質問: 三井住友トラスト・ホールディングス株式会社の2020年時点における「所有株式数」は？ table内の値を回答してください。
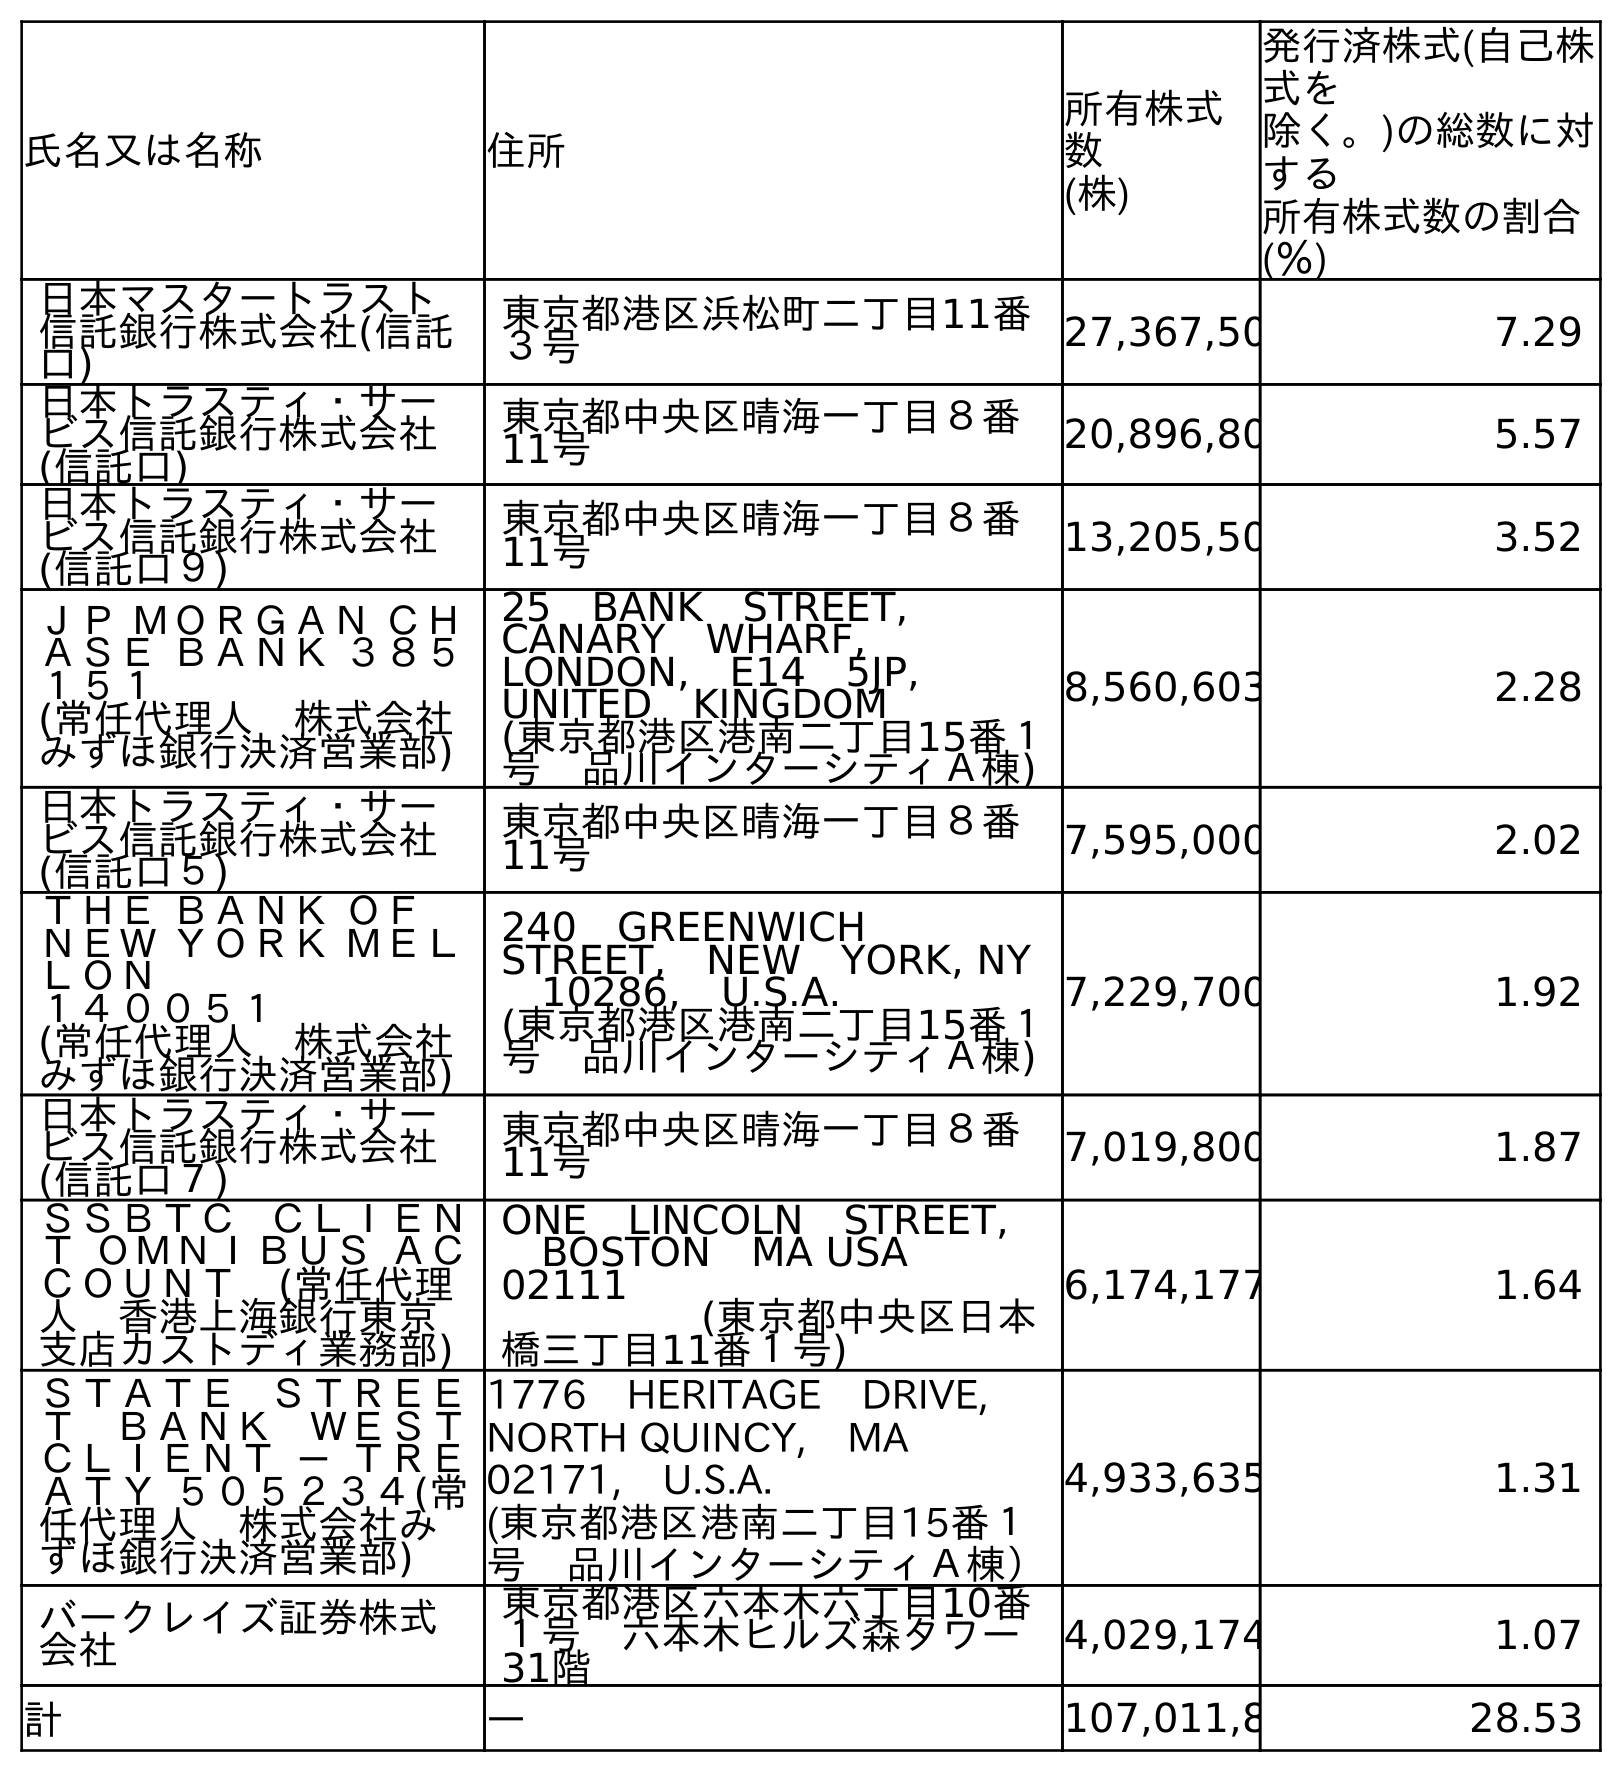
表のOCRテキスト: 氏名又は名称 住所 所有株式 数 (株) 発行済株式(自己株 式を 除く。)の総数に対 する 所有株式数の割合 (％) 日本マスタートラスト 信託銀行株式会社(信託 口) 東京都港区浜松町二丁目11番 ３号 27,367,50 7.29 日本トラスティ・サー ビス信託銀行株式会社 (信託口) 東京都中央区晴海一丁目８番 11号 20,896,80 5.57 日本トラスティ・サー ビス信託銀行株式会社 (信託口９) 東京都中央区晴海一丁目８番 11号 13,205,50 3.52 ＪＰ ＭＯＲＧＡＮ ＣＨ ＡＳＥ ＢＡＮＫ ３８５ １５１ (常任代理人 株式会社 みずほ銀行決済営業部) 25 BANK STREET,  CANARY WHARF, LONDON, E14 5JP,  UNITED KINGDOM (東京都港区港南二丁目15番１ 号 品川インターシティＡ棟) 8,560,603 2.28 日本トラスティ・サー ビス信託銀行株式会社 (信託口５) 東京都中央区晴海一丁目８番 11号 7,595,000 2.02 ＴＨＥ ＢＡＮＫ ＯＦ ＮＥＷ ＹＯＲＫ ＭＥＬ ＬＯＮ １４００５１ (常任代理人 株式会社 みずほ銀行決済営業部) 240 GREENWICH  STREET, NEW YORK, NY  10286, U.S.A. (東京都港区港南二丁目15番１ 号 品川インターシティＡ棟) 7,229,700 1.92 日本トラスティ・サー ビス信託銀行株式会社 (信託口７) 東京都中央区晴海一丁目８番 11号 7,019,800 1.87 ＳＳＢＴＣ ＣＬＩＥＮ Ｔ ＯＭＮＩＢＵＳ ＡＣ ＣＯＵＮＴ (常任代理 人 香港上海銀行東京 支店カストディ業務部) ONE LINCOLN STREET,  BOSTON MA USA  02111                (東京都中央区日本 橋三丁目11番１号) 6,174,177 1.64 ＳＴＡＴＥ ＳＴＲＥＥ Ｔ ＢＡＮＫ ＷＥＳＴ ＣＬＩＥＮＴ － ＴＲＥ ＡＴＹ ５０５２３４(常 任代理人 株式会社み ずほ銀行決済営業部) 1776 HERITAGE DRIVE,  NORTH QUINCY, MA  02171, U.S.A. (東京都港区港南二丁目15番１ 号 品川インターシティＡ棟） 4,933,635 1.31 バークレイズ証券株式 会社 東京都港区六本木六丁目10番 １号 六本木ヒルズ森タワー 31階 4,029,174 1.07 計 ― 107,011,8 28.53
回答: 107,011,889